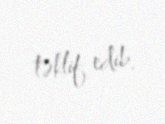
təklif edib.